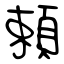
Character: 頼